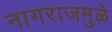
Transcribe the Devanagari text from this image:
नागराजमुळे